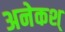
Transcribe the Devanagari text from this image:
अनेकश्